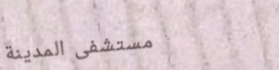
مستشفى المدينة